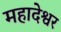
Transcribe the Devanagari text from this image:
महादेश्वर